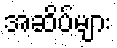
အဆိပ်များ